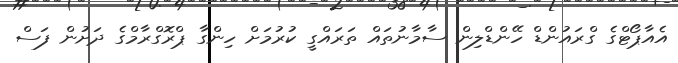
އެއާޕޯޓްގެ ގްރައުންޑް ހޭންޑްލިން ސާމާނުތައް ތަރައްގީ ކުރުމަށް ހިންގާ ޕްރޮގްރާމްގެ ދަށުން ފަސް